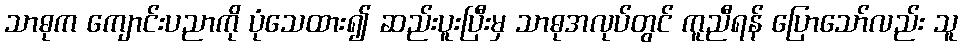
သာဓုက ကျောင်းပညာကို ပုံသေထား၍ ဆည်းပူးပြီးမှ သာဓုအလုပ်တွင် ကူညီရန် ပြောသော်လည်း သူ